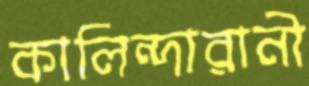
কালিন্দারানী